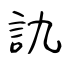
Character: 訅